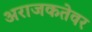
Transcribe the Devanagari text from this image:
अराजकतेवर